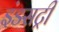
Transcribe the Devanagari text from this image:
इंडसट्री